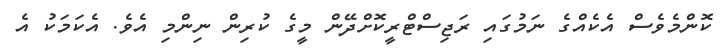
ކޮންމެވެސް އެކެއްގެ ނަމުގައި ރަޖިސްޓްރީކޮށްދޭން މީގެ ކުރިން ނިންމި އެވެ. އެކަމަކު އެ